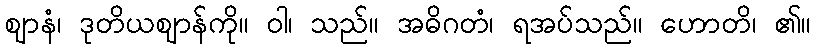
ဈာနံ၊ ဒုတိယဈာန်ကို။ ဝါ၊ သည်။ အဓိဂတံ၊ ရအပ်သည်။ ဟောတိ၊ ၏။